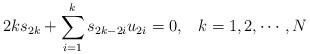
LaTeX: \begin{align*}2k s_{2k}+ \sum_{i=1}^{k} s_{2k-2i} u_{2i} =0, \;\;\; k=1, 2,\cdots, N \end{align*}